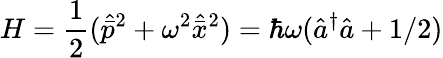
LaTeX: H=\frac{1}{2}(\hat{\bar{p}}^{2}+\omega^{2}\hat{\bar{x}}^{2})=\hbar\omega(\hat{a}^{\dagger}\hat{a}+1/2)